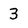
Character: 3